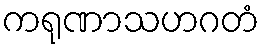
ကရုဏာသဟဂတံ